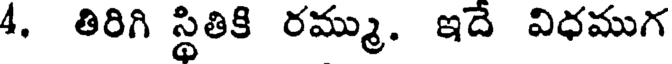
4. తిరిగి స్థితికి రమ్ము. ఇదే విధముగ